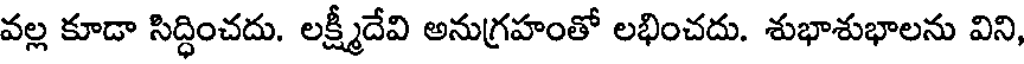
వల్ల కూడా సిద్ధించదు. లక్ష్మీదేవి అనుగ్రహంతో లభించదు. శుభాశుభాలను విని,